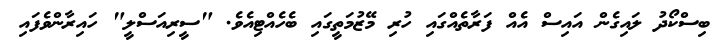
ބިސްކޯދު ލައިގެން އައިސް އެއް ފަރާތެއްގައި ހުރި މޭޒުމަތީގައި ބެހެއްޓިއެވެ. "ސީރިއަސްލީ" ހައިރާންވެފައި